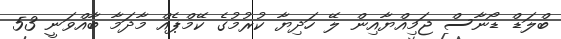
ބްލަޑް ޑޯނާސް ޖަމިއްޔާއިން ލޭ ހަދިޔާ ކުރުމުގެ ކޭމްޕެއް މާދަމާ ބާއްވަނީ 53